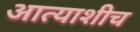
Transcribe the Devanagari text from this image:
आत्याशीच